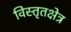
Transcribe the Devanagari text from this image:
विस्तृतक्षेत्र